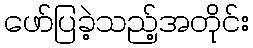
ဖော်ပြခဲ့သည့်အတိုင်း